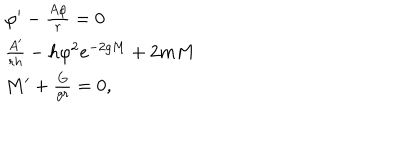
LaTeX: \begin{array} { l l } { { \varphi ^ { \prime } - \frac { A \varphi } { r } = 0 } } \\ { { \frac { A ^ { \prime } } { r h } - h \varphi ^ { 2 } e ^ { - 2 g M } + 2 m M } } \\ { { M ^ { \prime } + \frac { G } { g r } = 0 , } } \\ \end{array}